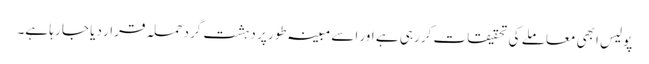
پولیس ابھی معاملے کی تحقیقات کر رہی ہے اور اسے مبینہ طور پر دہشت گرد حملہ قرار دیا جا رہا ہے۔